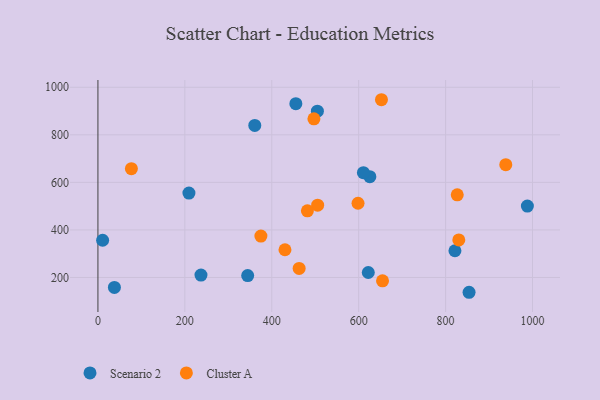
{"axis": {"x": "Study Hours", "y": "Fuel Efficiency"}, "legend": ["Cluster A", "Scenario 2"], "data": [{"x": "10.8", "y": 356.6, "type": "Scenario 2"}, {"x": "505.0", "y": 899.3, "type": "Scenario 2"}, {"x": "854.0", "y": 137.7, "type": "Scenario 2"}, {"x": "344.6", "y": 207.9, "type": "Scenario 2"}, {"x": "988.2", "y": 500.1, "type": "Scenario 2"}, {"x": "625.7", "y": 623.8, "type": "Scenario 2"}, {"x": "821.5", "y": 312.3, "type": "Scenario 2"}, {"x": "209.4", "y": 554.8, "type": "Scenario 2"}, {"x": "622.1", "y": 220.8, "type": "Scenario 2"}, {"x": "360.9", "y": 839.3, "type": "Scenario 2"}, {"x": "455.4", "y": 930.8, "type": "Scenario 2"}, {"x": "610.9", "y": 640.8, "type": "Scenario 2"}, {"x": "37.9", "y": 158.2, "type": "Scenario 2"}, {"x": "237.1", "y": 210.1, "type": "Scenario 2"}, {"x": "497.0", "y": 867.1, "type": "Cluster A"}, {"x": "505.6", "y": 503.9, "type": "Cluster A"}, {"x": "77.0", "y": 657.6, "type": "Cluster A"}, {"x": "654.9", "y": 186.0, "type": "Cluster A"}, {"x": "375.0", "y": 373.9, "type": "Cluster A"}, {"x": "826.8", "y": 547.4, "type": "Cluster A"}, {"x": "482.0", "y": 480.3, "type": "Cluster A"}, {"x": "652.4", "y": 947.6, "type": "Cluster A"}, {"x": "598.5", "y": 512.1, "type": "Cluster A"}, {"x": "938.5", "y": 674.6, "type": "Cluster A"}, {"x": "430.4", "y": 316.6, "type": "Cluster A"}, {"x": "463.0", "y": 238.0, "type": "Cluster A"}, {"x": "830.4", "y": 357.9, "type": "Cluster A"}]}